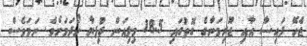
ޖެހޭ ފައިސާ އާއި ޖޫރިމަނާގެ ގޮތުގައި 18.5 މިލިއަން ރުފިޔާ ހޯދަމަށެވެ. ނަމަވެސް